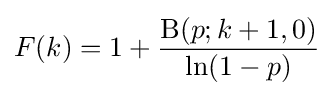
F(k)=1+{\frac {\mathrm {B} (p;k+1,0)}{\ln(1-p)}}